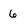
Character: 6